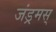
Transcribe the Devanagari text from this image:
जंड्रमस्